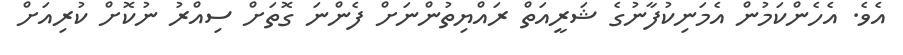
އެވެ. އެހެންކަމުން އެމަނިކުފާނުގެ ޝަރީއަތް ރައްޔިތުންނަށް ފެންނަ ގޮތަށް ސިއްރު ނުކޮށް ކުރިއަށް